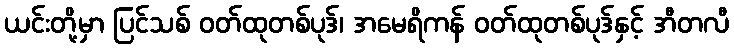
ယင်းတို့မှာ ပြင်သစ် ဝတ်ထုတစ်ပုဒ်၊ အမေရိကန် ဝတ်ထုတစ်ပုဒ်နှင့် အီတလီ